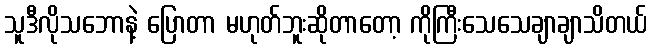
သူဒီလိုသဘောနဲ့ ပြောတာ မဟုတ်ဘူးဆိုတာတော့ ကိုကြီးသေသေချာချာသိတယ်